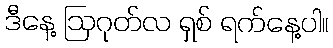
ဒီနေ့ ဩဂုတ်လ ရှစ် ရက်နေ့ပါ။